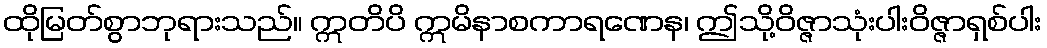
ထိုမြတ်စွာဘုရားသည်။ ဣတိပိ ဣမိနာစကာရဏေန၊ ဤသို့ဝိဇ္ဇာသုံးပါးဝိဇ္ဇာရှစ်ပါး